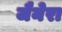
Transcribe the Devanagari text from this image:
जैनेरा